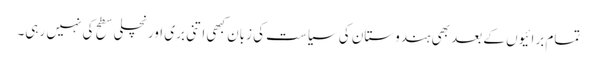
تمام برائیوں کے بعد بھی ہندوستان کی سیاست کی زبان کبھی اتنی بری اور نچلی سطح کی نہیں رہی۔